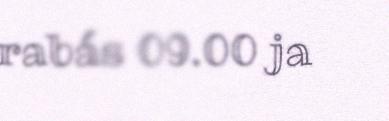
rabás 09.00 ja